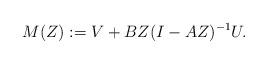
LaTeX: \begin{align*}M(Z):=V+BZ(I-AZ)^{-1}U.\qquad\end{align*}